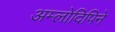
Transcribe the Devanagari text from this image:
अम्लोदिपिने